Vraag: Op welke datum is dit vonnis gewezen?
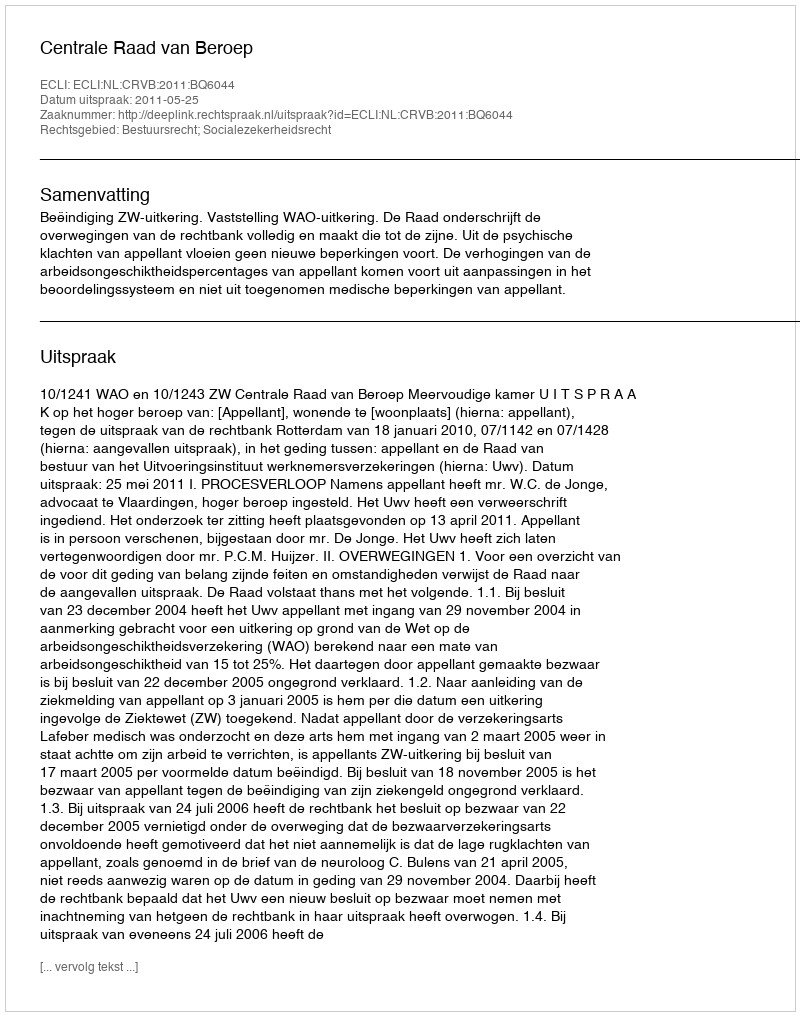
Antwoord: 2011-05-25